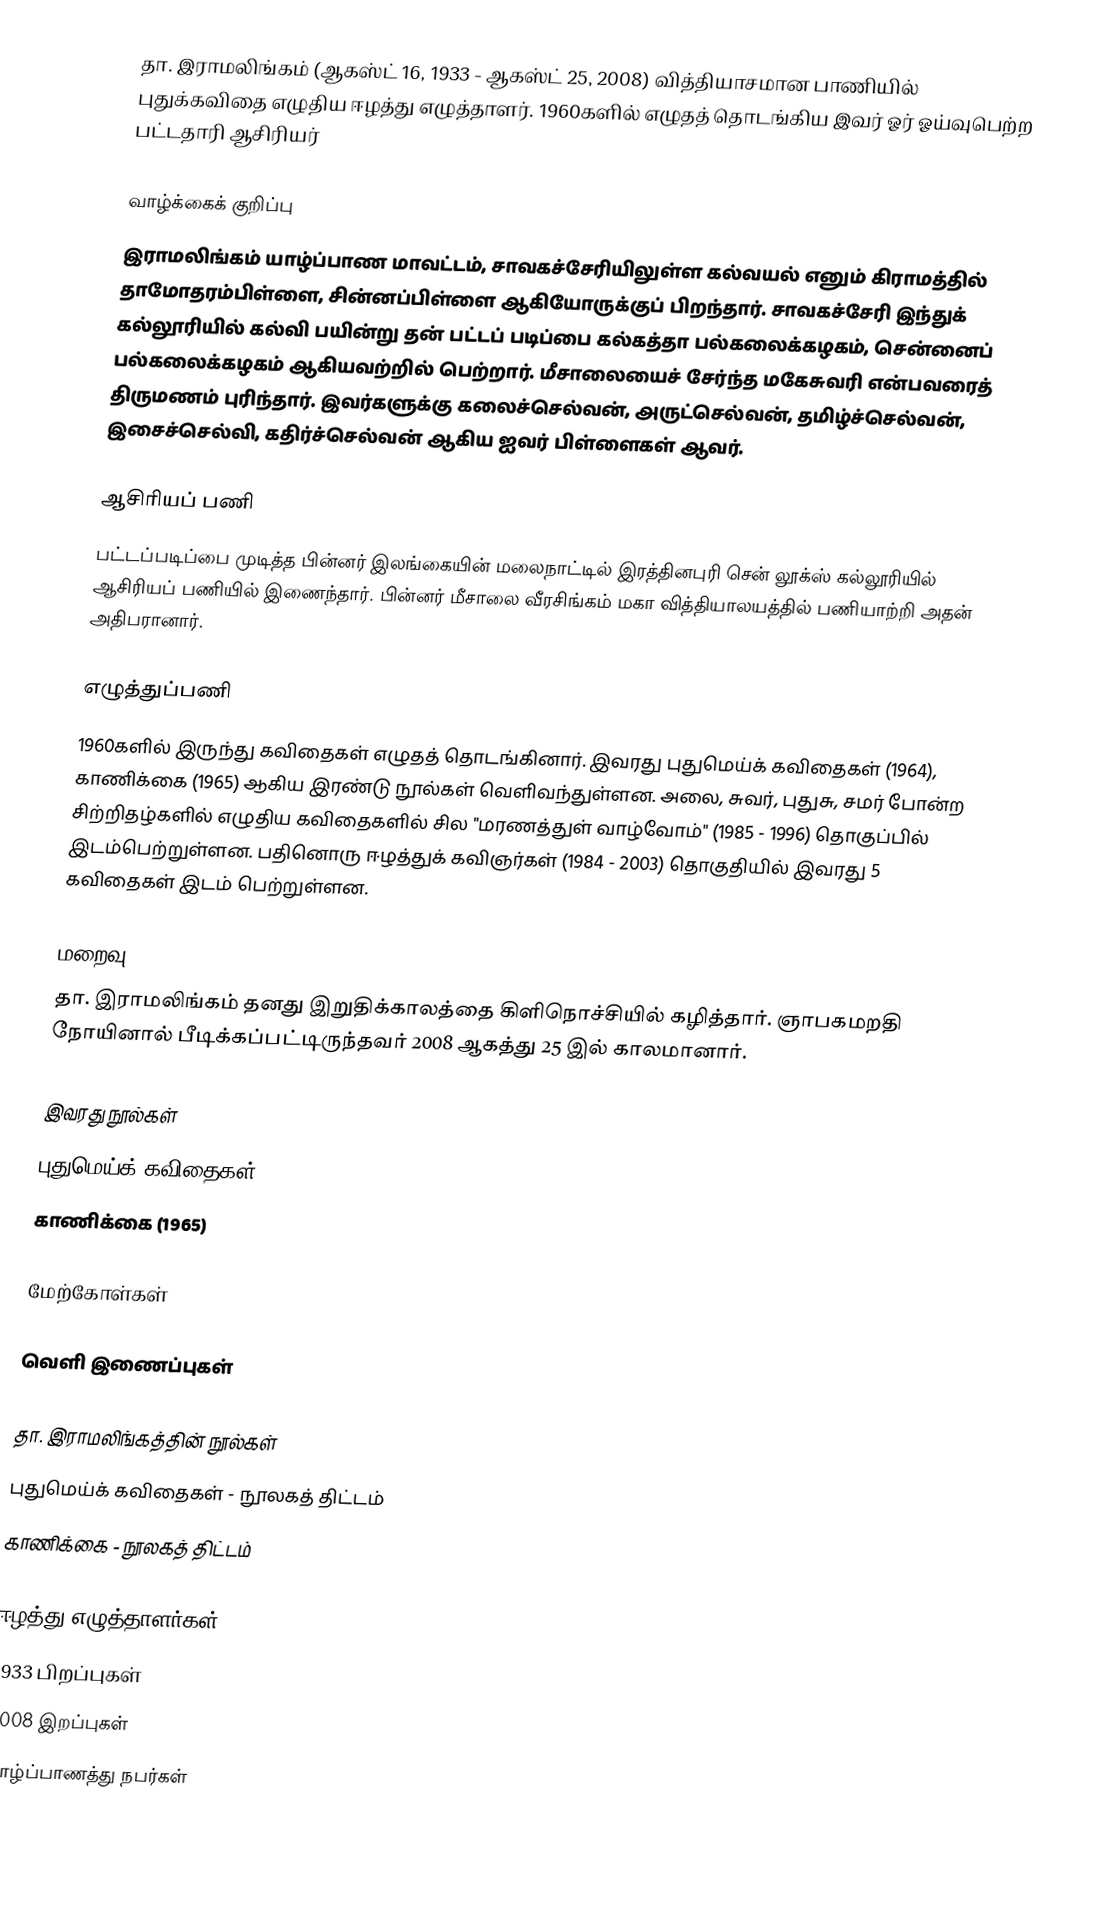
தா. இராமலிங்கம் (ஆகஸ்ட் 16, 1933 - ஆகஸ்ட் 25, 2008) வித்தியாசமான பாணியில் புதுக்கவிதை எழுதிய ஈழத்து எழுத்தாளர். 1960களில் எழுதத் தொடங்கிய இவர் ஓர் ஓய்வுபெற்ற பட்டதாரி ஆசிரியர்

வாழ்க்கைக் குறிப்பு
இராமலிங்கம் யாழ்ப்பாண மாவட்டம், சாவகச்சேரியிலுள்ள கல்வயல் எனும் கிராமத்தில் தாமோதரம்பிள்ளை, சின்னப்பிள்ளை ஆகியோருக்குப் பிறந்தார். சாவகச்சேரி இந்துக் கல்லூரியில் கல்வி பயின்று தன் பட்டப் படிப்பை கல்கத்தா பல்கலைக்கழகம், சென்னைப் பல்கலைக்கழகம் ஆகியவற்றில் பெற்றார். மீசாலையைச் சேர்ந்த மகேசுவரி என்பவரைத் திருமணம் புரிந்தார். இவர்களுக்கு கலைச்செல்வன், அருட்செல்வன், தமிழ்ச்செல்வன், இசைச்செல்வி, கதிர்ச்செல்வன் ஆகிய ஐவர் பிள்ளைகள் ஆவர்.

ஆசிரியப் பணி
பட்டப்படிப்பை முடித்த பின்னர் இலங்கையின் மலைநாட்டில் இரத்தினபுரி சென் லூக்ஸ் கல்லூரியில் ஆசிரியப் பணியில் இணைந்தார். பின்னர் மீசாலை வீரசிங்கம் மகா வித்தியாலயத்தில் பணியாற்றி அதன் அதிபரானார்.

எழுத்துப்பணி
1960களில் இருந்து கவிதைகள் எழுதத் தொடங்கினார். இவரது புதுமெய்க் கவிதைகள் (1964), காணிக்கை (1965) ஆகிய இரண்டு நூல்கள் வெளிவந்துள்ளன. அலை, சுவர், புதுசு, சமர் போன்ற சிற்றிதழ்களில் எழுதிய கவிதைகளில் சில "மரணத்துள் வாழ்வோம்" (1985 - 1996) தொகுப்பில் இடம்பெற்றுள்ளன. பதினொரு ஈழத்துக் கவிஞர்கள் (1984 - 2003) தொகுதியில் இவரது 5 கவிதைகள் இடம் பெற்றுள்ளன.

மறைவு
தா. இராமலிங்கம் தனது இறுதிக்காலத்தை கிளிநொச்சியில் கழித்தார். ஞாபகமறதி நோயினால் பீடிக்கப்பட்டிருந்தவர் 2008 ஆகத்து 25 இல் காலமானார்.

இவரது நூல்கள்
 புதுமெய்க் கவிதைகள் (1964)
 காணிக்கை (1965)

மேற்கோள்கள்

வெளி இணைப்புகள்

தா. இராமலிங்கத்தின் நூல்கள்
புதுமெய்க் கவிதைகள் - நூலகத் திட்டம்
காணிக்கை - நூலகத் திட்டம்

ஈழத்து எழுத்தாளர்கள்
1933 பிறப்புகள்
2008 இறப்புகள்
யாழ்ப்பாணத்து நபர்கள்